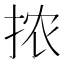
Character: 𫼮